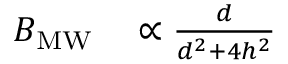
\begin{array} { r l } { B _ { \mathrm { M W } } } & { { } \propto \frac { d } { d ^ { 2 } + 4 h ^ { 2 } } } \end{array}